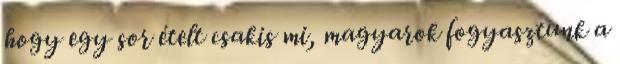
hogy egy sor ételt csakis mi, magyarok fogyasztunk a